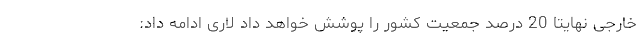
خارجی نهایتاً 20 درصد جمعیت کشور را پوشش خواهد داد لاری ادامه داد: